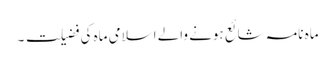
ماہ نامہ شائع ہونے والے اسلامی ماہ کی فضیلت ۔